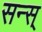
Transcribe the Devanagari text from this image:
सन्स्